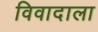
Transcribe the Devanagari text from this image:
विवादाला